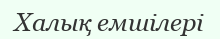
Халық емшілері